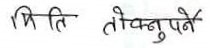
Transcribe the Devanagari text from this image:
मिति तोक्नुपर्ने